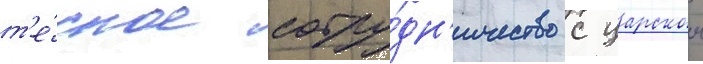
т'е́сное сотру́дн'ичество с царскои